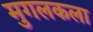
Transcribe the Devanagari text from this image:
मुगलकला